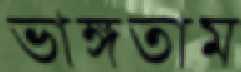
ভাঙ্গতাম